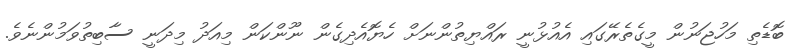
ބޮޑެތި މަހުޖަނުން މީގެތެރޭގައި އެއުޅުނީ ރައްޔިތުންނަށް ހެޔޮއެދިގެން ނޫންކަން މިއަދު މިދަނީ ސާބިތުވަމުންނެވެ.